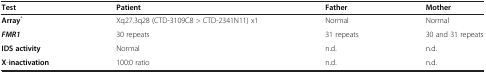
<table><thead><tr><td><b>Test</b></td><td><b>Patient</b></td><td><b>Father</b></td><td><b>Mother</b></td></tr></thead><tbody><tr><td><b>Array</b><sup>*</sup></td><td>Xq27.3q28 (CTD-3109C8 &gt; CTD-2341N11) x1</td><td>Normal</td><td>Normal</td></tr><tr><td><b><i>FMR1</i></b></td><td>30 repeats</td><td>31 repeats</td><td>30 and 31 repeats</td></tr><tr><td><b>IDS activity</b></td><td>Normal</td><td>n.d.</td><td>n.d.</td></tr><tr><td><b>X</b>-<b>inactivation</b></td><td>100:0 ratio</td><td>n.d.</td><td>n.d.</td></tr></tbody></table>